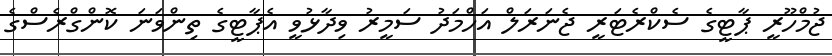
ޖުމްހޫރީ ޕާޓީގެ ސެކްރެޓަރީ ޖެނަރަލް އަހްމަދު ސަމީރު ވިދާޅުވީ އެޕާޓީގެ ތިންވަނަ ކޮންގްރެސްގެ